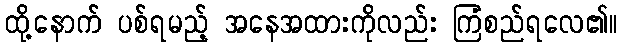
ထို့နောက် ပစ်ရမည့် အနေအထားကိုလည်း ကြံစည်ရလေ၏။